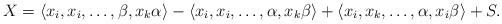
LaTeX: \begin{align*}X=\langle x_i, x_i, \ldots, \beta, x_k \alpha \rangle-\langle x_i, x_i, \ldots, \alpha, x_k \beta \rangle+\langle x_i, x_k, \ldots, \alpha, x_i \beta \rangle+S.\end{align*}